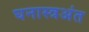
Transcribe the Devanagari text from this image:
घनास्त्रअंत